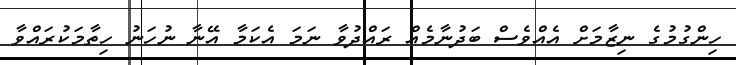
ހިންގުމުގެ ނިޒާމަށް އެއްވެސް ބަދުނާމެއް ރައްދުވާ ނަމަ އެކަމާ އޭނާ ނުހަނު ހިތާމަކުރައްވާ